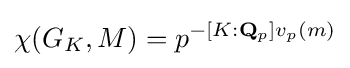
\chi (G_{K},M)=p^{-[K:\mathbf {Q} _{p}]v_{p}(m)}